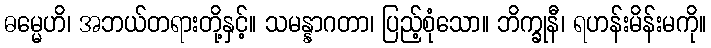
ဓမ္မေဟိ၊ အဘယ်တရားတို့နှင့်။ သမန္နာဂတာ၊ ပြည့်စုံသော။ ဘိက္ခုနီ၊ ရဟန်းမိန်းမကို။